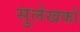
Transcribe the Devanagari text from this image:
सुलेखकों